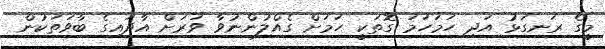
މީގެ ރަނގަޅު އަދި ހަމަހަމަ ގޮތަކީ ހަމަށް ގެއްލުންނުވާ ވަރަށް އާދައިގެ ބާވަތަކުން